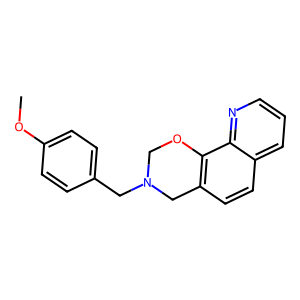
SMILES: COc1ccc(CN2COc3c(ccc4cccnc34)C2)cc1
Inhibits HIV replication: No